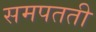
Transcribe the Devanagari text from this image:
समपतती